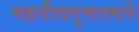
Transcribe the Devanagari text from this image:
महनीयगुणात्मने